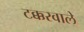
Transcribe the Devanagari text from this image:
टक्करवाले